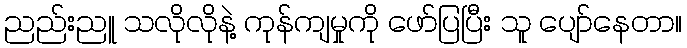
ညည်းညူ သလိုလိုနဲ့ ကုန်ကျမှုကို ဖော်ပြပြီး သူ ပျော်နေတာ။